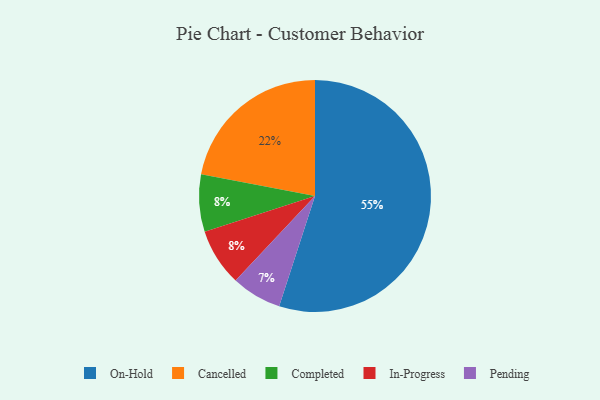
{"axis": {"x": "Category", "y": "Percentage"}, "legend": ["Cancelled", "Completed", "In-Progress", "On-Hold", "Pending"], "data": [{"x": "Completed", "y": 8, "type": "Completed"}, {"x": "On-Hold", "y": 55, "type": "On-Hold"}, {"x": "Cancelled", "y": 22, "type": "Cancelled"}, {"x": "In-Progress", "y": 8, "type": "In-Progress"}, {"x": "Pending", "y": 7, "type": "Pending"}]}